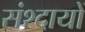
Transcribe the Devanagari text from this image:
संश्दायों